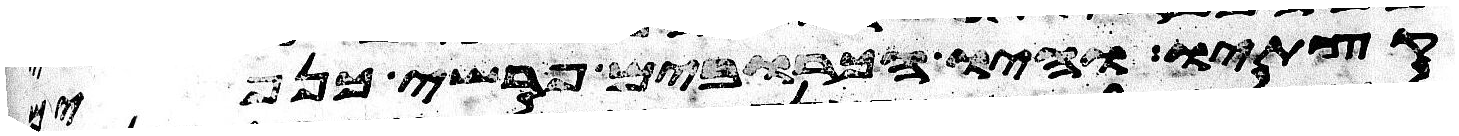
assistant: קצתיו והיו הכרובים פרשי כנפים